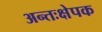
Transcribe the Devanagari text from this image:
अन्तःक्षेपक